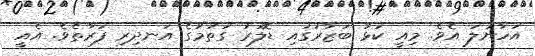
އަހާނުލަ އެވެ. މިއީ ކަޅު ބަޒާރުގައި ޑޮލަރު ގަތުމުގެ އަނދިރި ފަރާތެވެ. އެއީ